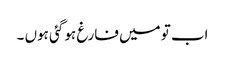
اب تو میں فارغ ہو گئی ہوں ۔